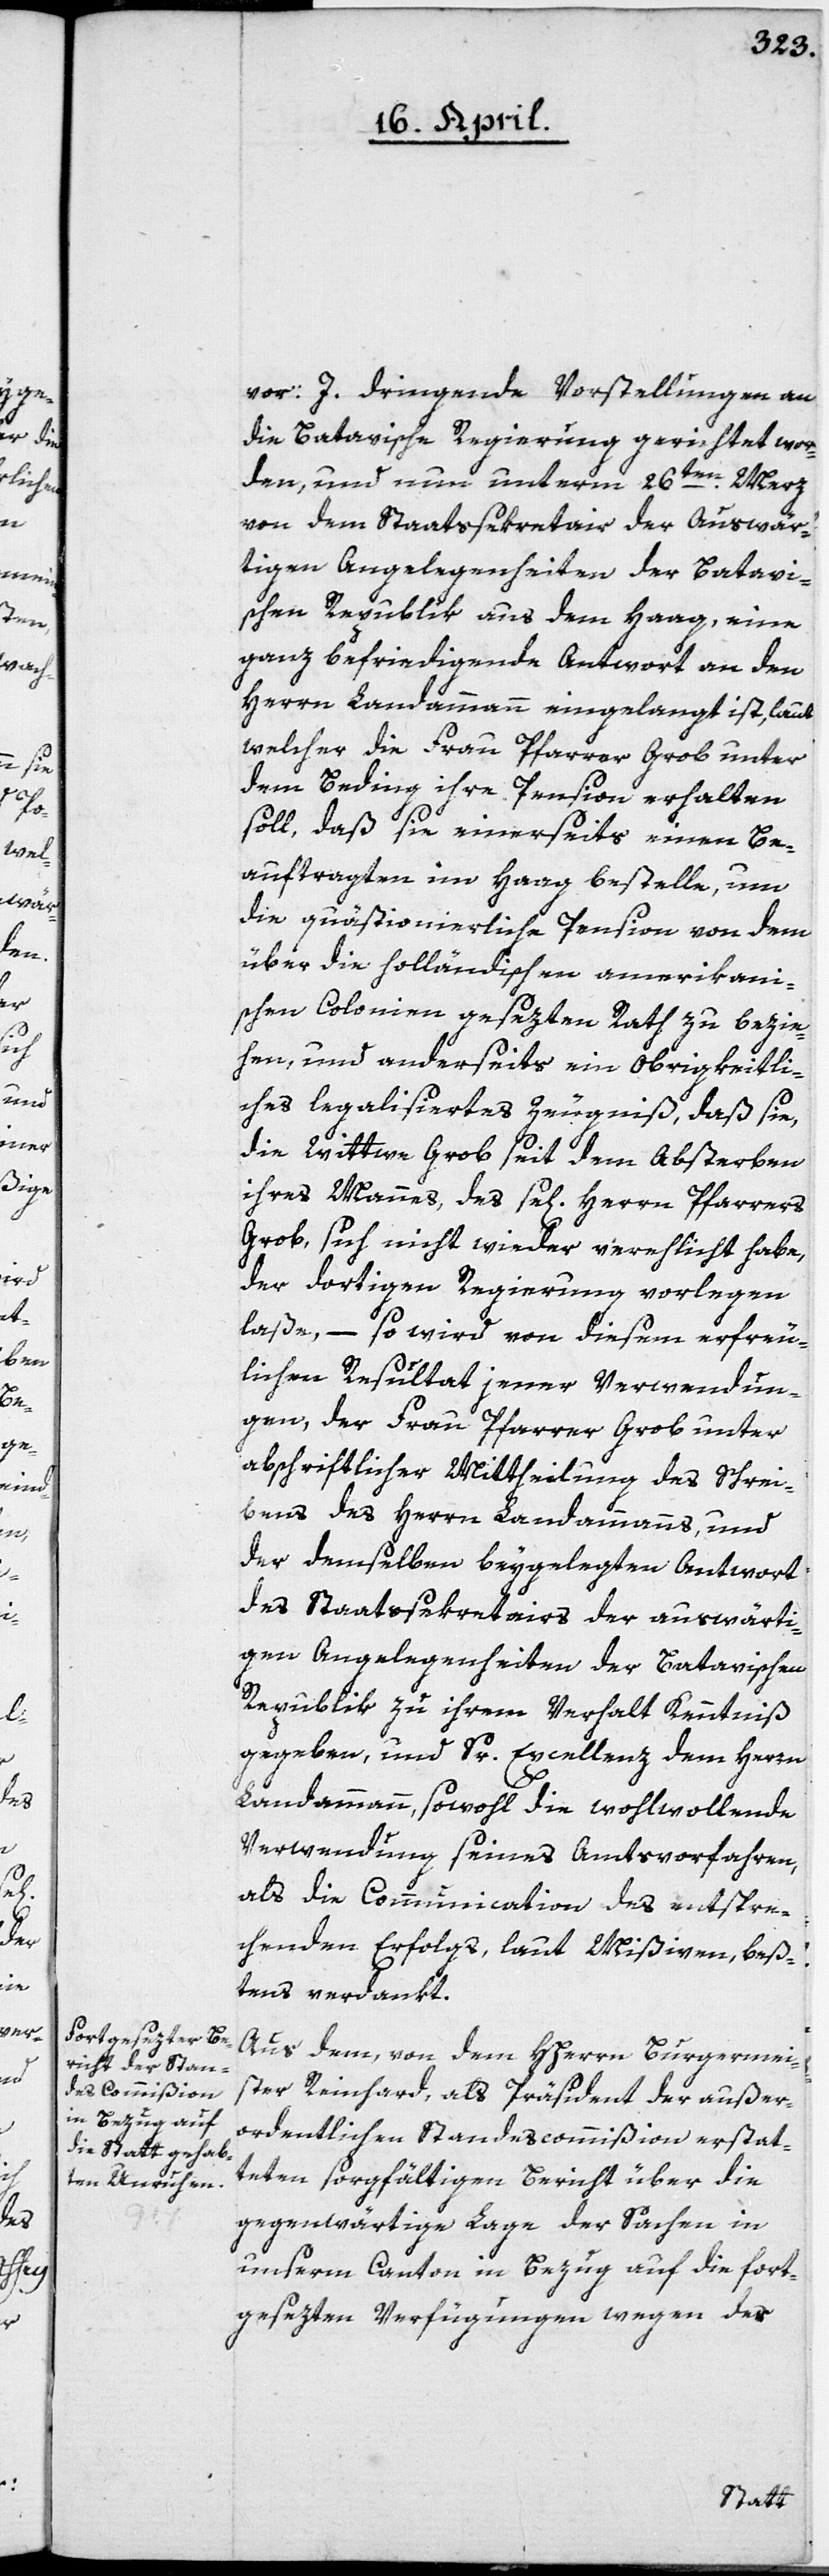
vor: J. dringende Vorstellungen an
die Batavische Regierung gerichtet wor¬
den, und nun unterm 26ten Merz
von dem Staatssekretair der Auswär¬
tigen Angelegenheiten der Batavi¬
schen Republik aus dem Haag, eine
ganz befriedigende Antwort an den
Herrn Landammann eingelangt ist, laut
welcher die Frau Pfarrer Grob unter
dem Beding, ihre Pension erhalten
soll, daß sie einerseits einen Be¬
auftragten im Haag bestelle, um
die quästionierliche Pension von dem
über die holländischen amerikan¬
ischen Colonien gesezten Rath zu bezie¬
hen, und anderseits ein Obrigkeitli¬
ches legalisiertes Zeugniß, daß sie,
die Witwe Grob seit dem Absterben
ihres Mannes, des se[ligen] Herrn Pfarrers
Grob, sich nicht wieder verehelicht habe,
der dortigen Regierung vorlegen
laße, – so wird von diesem erfreu¬
lichen Resultat jener Verwendun¬
g, der Frau Pfarrer Grob unter
abschriftlicher Mittheilung des Schrei¬
bens des Herrn Landammanns, und
der demselben beygelegten Antwort
des Staatssekretairs der auswärti¬
gen Angelegenheiten der Batavischen
Republik zu ihrem Verhalt Kenntniß
gegeben, und Sr. Excellenz dem Herrn
Landammann, sowohl die wohlwollende
Verwendung seines Amtsvorfahren,
als die Communication des entspre¬
chenden Erfolgs, laut Mißiven, beß¬
tens verdankt.
Aus dem, von dem HHerrn Burgermei¬
ster Reinhard, als Präsident der außer¬
ordentlichen Standescommißion erstat¬
teten sorgfältigen Bericht über die
gegenwärtige Lage der Sachen in
unserm Canton in Bezug auf die fort¬
gesezte Verfügungen wegen der